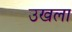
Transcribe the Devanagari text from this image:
उखला